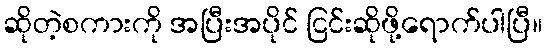
ဆိုတဲ့စကားကို အပြီးအပိုင် ငြင်းဆိုဖို့ရောက်ပါပြီ။